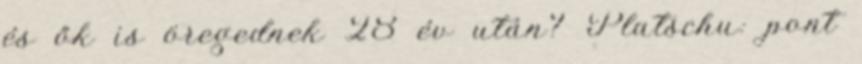
és ők is öregednek 28 év után? Platschu: pont